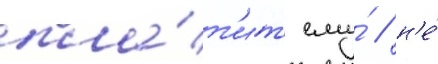
пла́т'ит ему́ / н'е́